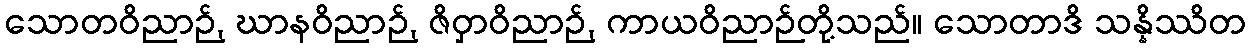
သောတဝိညာဉ်, ဃာနဝိညာဉ်, ဇိဝှာဝိညာဉ်, ကာယဝိညာဉ်တို့သည်။ သောတာဒိ သန္နိဿိတ